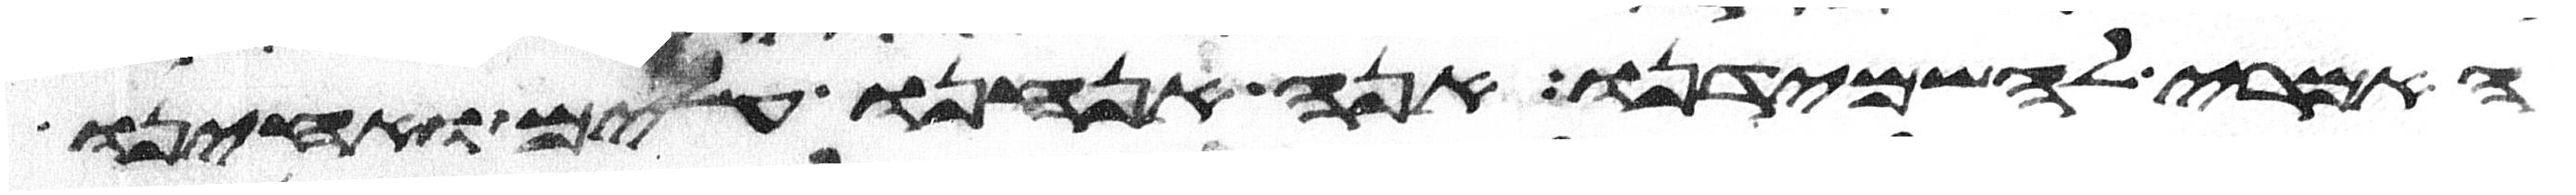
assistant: האמרי להשמידנו אנה אנחנו עלים ואחינו